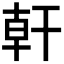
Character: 𪪂